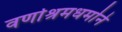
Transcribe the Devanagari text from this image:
वर्णाश्रमधर्माने